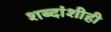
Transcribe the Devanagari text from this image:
शब्दांशीही